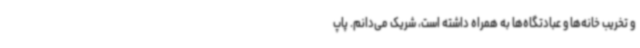
و تخریب خانه‌ها و عبادتگاه‌ها به همراه داشته است، شریک می‌دانم. پاپ